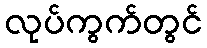
လုပ်ကွက်တွင်